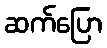
ဆက်ပြော